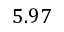
5 . 9 7